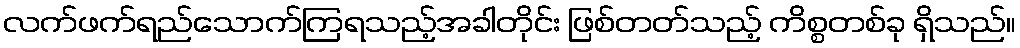
လက်ဖက်ရည်သောက်ကြရသည့်အခါတိုင်း ဖြစ်တတ်သည့် ကိစ္စတစ်ခု ရှိသည်။